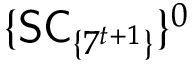
\{ \mathsf { S C } _ { \{ 7 ^ { t + 1 } \} } \} ^ { 0 }